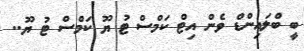
ބީ ބްލައިންޑް ވެން އިޓް ކަމްސް ޓު ޔޫ ކަމްސް ޓު ޔޫ..